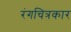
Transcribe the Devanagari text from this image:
रंगचित्रकार